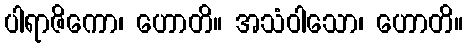
ပါရာဇိကော၊ ဟောတိ။ အသံဝါသော၊ ဟောတိ။